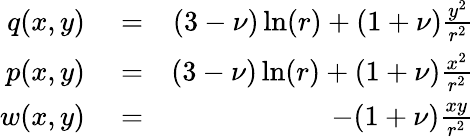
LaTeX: \begin{array}{rlr}{q(x,y)}&{{}=}&{(3-\nu)\ln(r)+(1+\nu)\frac{y^{2}}{r^{2}}}\\ {p(x,y)}&{{}=}&{(3-\nu)\ln(r)+(1+\nu)\frac{x^{2}}{r^{2}}}\\ {w(x,y)}&{{}=}&{-(1+\nu)\frac{xy}{r^{2}}}\end{array}